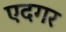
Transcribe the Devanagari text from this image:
एदगर